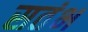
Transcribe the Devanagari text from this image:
सतंभ